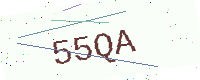
Text: 55QA